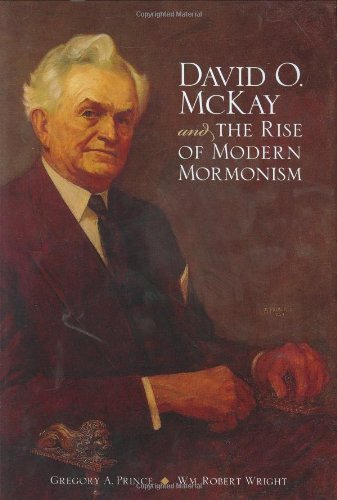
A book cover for David O. McKay and the Rise of Modern Mormonism; Gregory A Prince; Christian Books & Bibles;